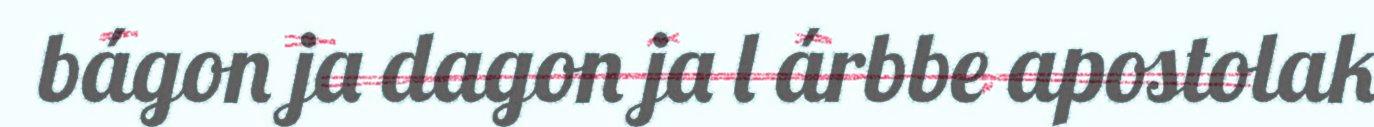
bágon ja dagon ja l árbbe apostolak